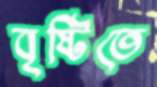
বৃষ্টিতে